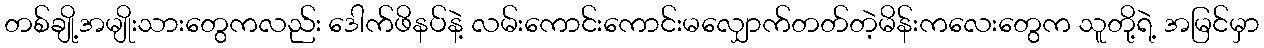
တစ်ချို့အမျိုးသားတွေကလည်း ဒေါက်ဖိနပ်နဲ့ လမ်းကောင်းကောင်းမလျှောက်တတ်တဲ့မိန်းကလေးတွေက သူတို့ရဲ့ အမြင်မှာ